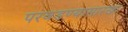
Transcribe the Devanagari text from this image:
परवडण्यासारखा